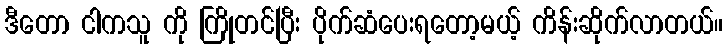
ဒီတော ငါကသူ ကို ကြိုတင်ပြီး ပိုက်ဆံပေးရတော့မယ့် ကိန်းဆိုက်လာတယ်။